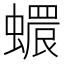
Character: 𧑩